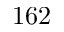
1 6 2